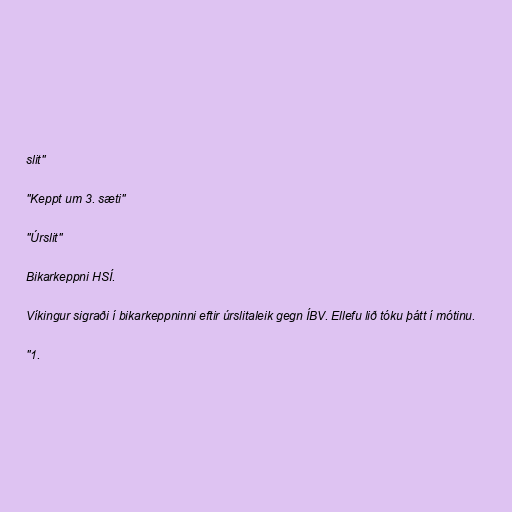
slit"

"Keppt um 3. sæti"

"Úrslit"

Bikarkeppni HSÍ.

Víkingur sigraði í bikarkeppninni eftir úrslitaleik gegn ÍBV. Ellefu lið tóku þátt í mótinu.

"1.